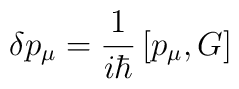
\delta p_{\mu}=\frac{1}{i\hbar}\left[ p_{\mu}, G \right]